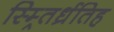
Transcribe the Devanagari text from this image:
स्म्र्तिर्ध्रतिह